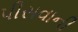
પીસવાની